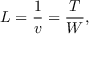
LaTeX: L = { \frac { 1 } { v } } = { \frac { T } { W } } ,